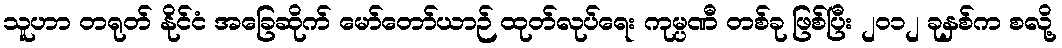
သူဟာ တရုတ် နိုင်ငံ အခြေဆိုက် မော်တော်ယာဉ် ထုတ်လုပ်ရေး ကုမ္ပဏီ တစ်ခု ဖြစ်ပြီး ၂၀၁၂ ခုနှစ်က စလို့